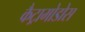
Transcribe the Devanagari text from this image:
कैट्रामोडोस